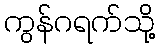
ကွန်ဂရက်သို့